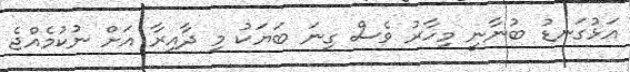
އަޅުގަނޑު ބުނާނީ މިހާރު ވެސް ގިނަ ބަޔަކު މި ދާއިރާ އަށް ނުކުމެއްޖެ